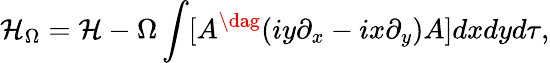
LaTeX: {\cal H}_{\Omega}={\cal H}-\Omega\int[A^{\dag}(iy\partial_{x}-ix\partial_{y})A]dxdyd\tau,